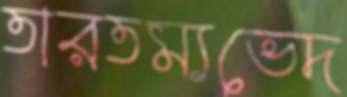
তারতম্যভেদ